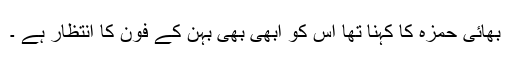
بھائی حمزہ کا کہنا تھا اس کو ابھی بھی بہن کے فون کا انتظار ہے ۔